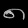
Digit: ၈